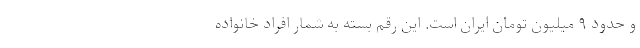
و حدود ۹ میلیون تومان ایران است. این رقم بسته به شمار افراد خانواده